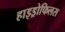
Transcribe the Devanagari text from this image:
हाइड्रोफिलस